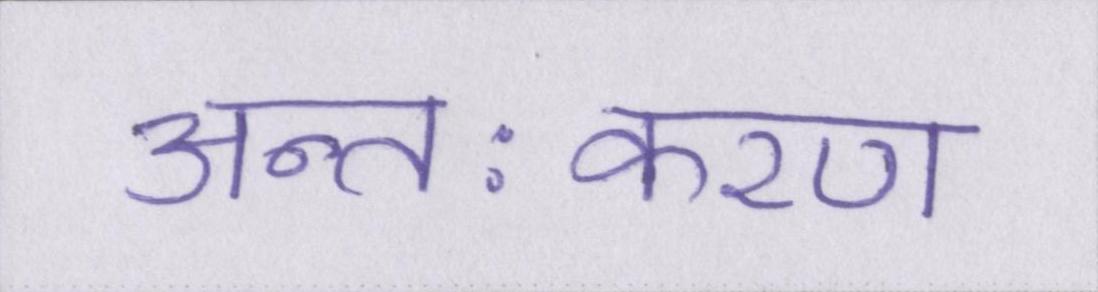
अन्तःकरण